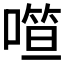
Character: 𰈢